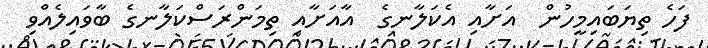
ފަހެ ތިޔަބައިމީހުން  އަށާއި އެކަލާނގެ  އާއަށާއި ތިމަންރަސްކަލާނގެ ބާވައިލެއްވި